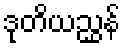
ဒုတိယညွှန်